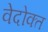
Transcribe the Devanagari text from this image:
वेदोक्‍त